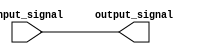
module ActiveHighBuffer (
    input wire input_signal,
    output reg output_signal
);

always @* begin
    output_signal = input_signal;
end

endmodule